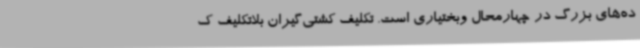
ده‌های بزرگ در چهارمحال وبختیاری است. تکلیف کشتی‌گیران بلاتکلیف ک